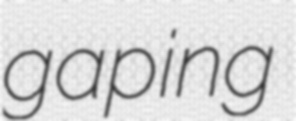
gaping